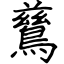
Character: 鶿